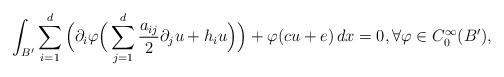
LaTeX: \begin{align*}\int_{B'} \sum_{i=1}^d \Big( \partial_i \varphi \Big( \sum_{j=1}^d \frac{a_{ij}}{2} \partial_j u + h_i u \Big) \Big) + \varphi (cu + e) \, dx =0, \forall \varphi \in C_0^{\infty}(B'),\end{align*}